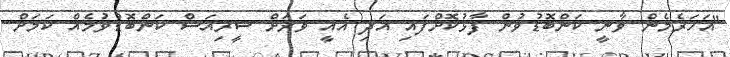
"އަހަރެމެން ވާނީ ކަންބޮޑުވުން ފާޅުކޮށްފައި އަދި އެއީ ވަރަށް ސީރިއަސް ކަންބޮޑުވުމެއް ކަމަށް